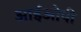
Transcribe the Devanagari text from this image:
आईओपी